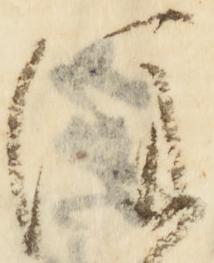
注